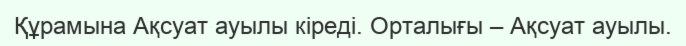
Құрамына Ақсуат ауылы кіреді. Орталығы – Ақсуат ауылы.